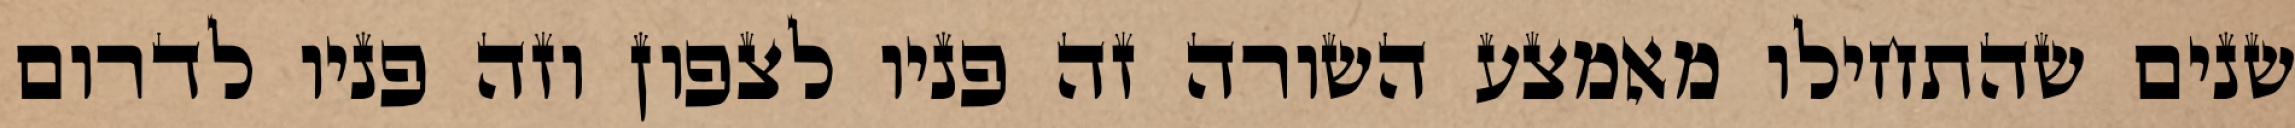
שנים שהתחילו מאמצע השורה זה פניו לצפון וזה פניו לדרום